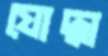
যোদ্ধা